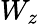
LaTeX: W_{z}